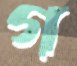
গ